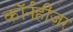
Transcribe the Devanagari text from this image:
कॉर्नहीज़र